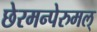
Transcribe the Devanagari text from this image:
छेरमन्पेरुमल्